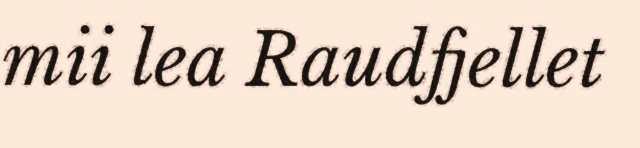
mii lea Raudfjellet